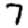
Digit: 7